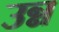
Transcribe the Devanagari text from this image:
उन्न